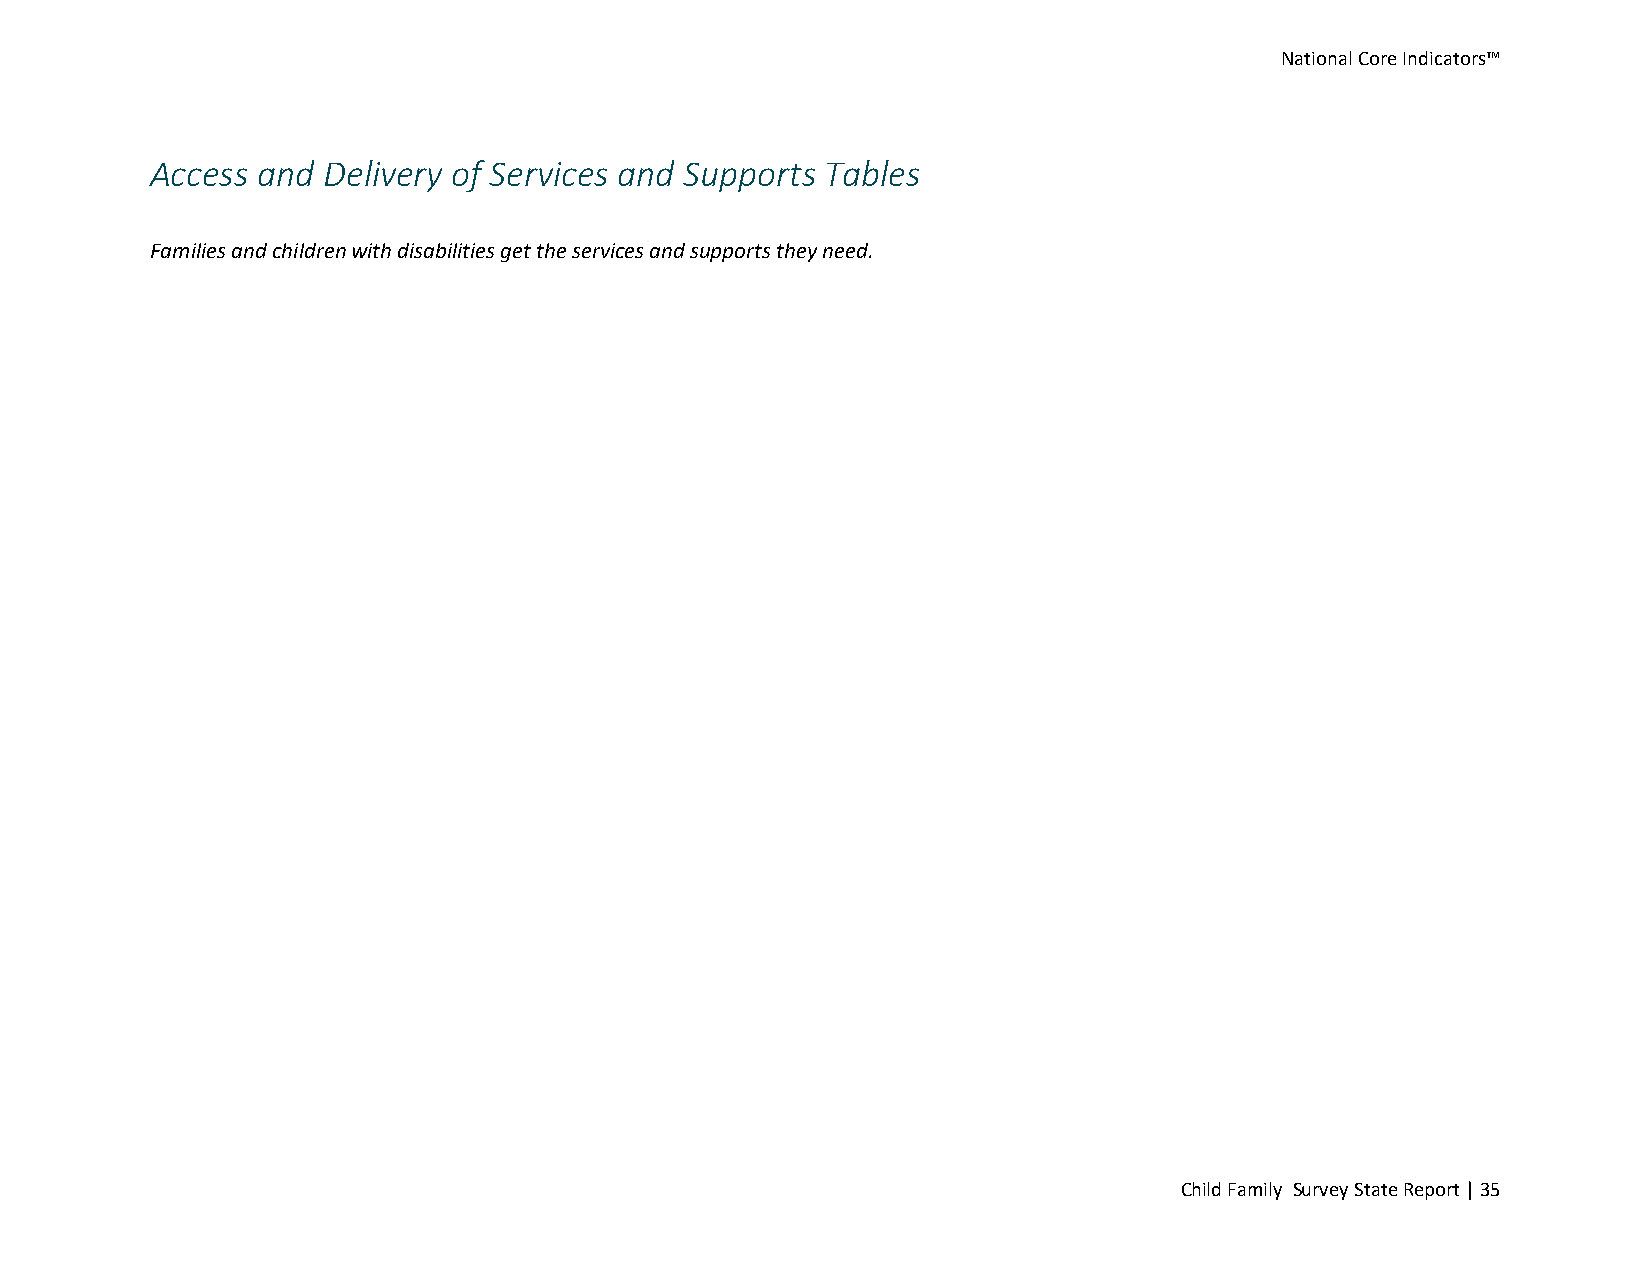
National Core Indicators™
 Access and Delivery of Services and Supports Tables
 Families and children with disabilities get the services and supports they need.
 Child Family Survey State Report | 35